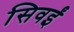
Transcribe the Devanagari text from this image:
सिवईं